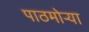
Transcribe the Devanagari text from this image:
पाठमोऱ्या